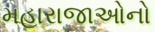
મહારાજાઓનો